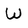
Character: W